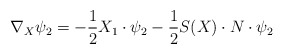
\begin{align*}\nabla_X\psi_2=-\frac{1}{2}X_1\cdot\psi_2-\frac{1}{2}S(X)\cdot N\cdot\psi_2\end{align*}